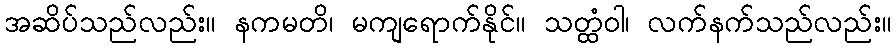
အဆိပ်သည်လည်း။ နကမတိ၊ မကျရောက်နိုင်။ သတ္ထံဝါ၊ လက်နက်သည်လည်း။